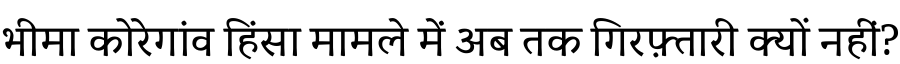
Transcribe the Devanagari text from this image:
भीमा कोरेगांव हिंसा मामले में अब तक गिरफ़्तारी क्यों नहीं?